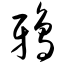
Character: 鸦